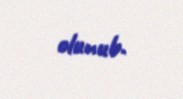
olunub.